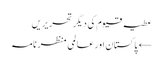
عطیہ قیوم کی دیگر تحریریں
← پاکستان اور عالمی منظر نامہ